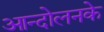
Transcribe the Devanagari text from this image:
आन्दोलनके